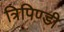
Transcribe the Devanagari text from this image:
त्रिपिण्डी